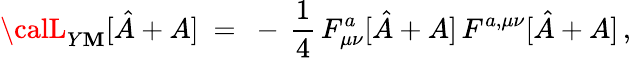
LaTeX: {\calL}_{Y\mathbf{M}}[\hat{{A}}+A]\ =\ -\, \frac{{1}}{{4}}\, F_{\mu\nu}^{a}[\hat{{A}}+A]\, F^{a,\mu\nu}[\hat{{A}}+A]\, ,